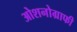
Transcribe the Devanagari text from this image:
ओशनोग्राफी